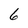
Character: 6